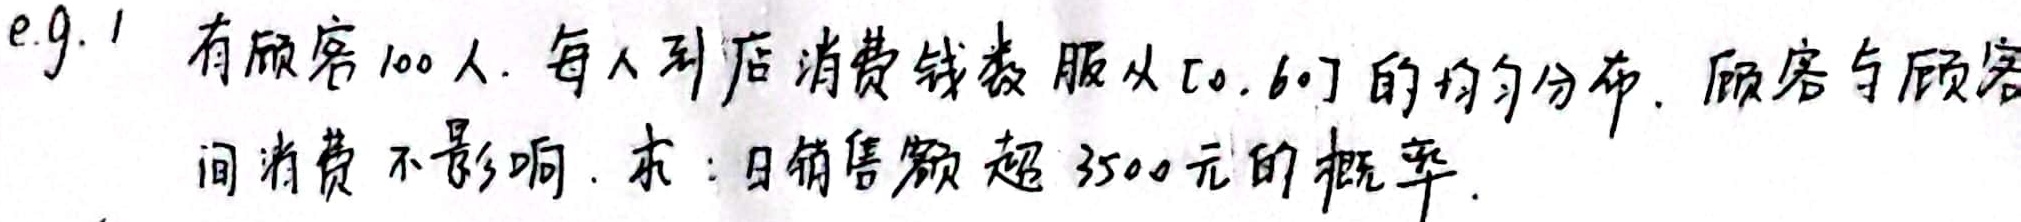
e.g. 1 有顾客100人. 每人到店消费钱数服从$[0,60]$的均匀分布. 顾客与顾客间消费不影响. 求：日销售额超3500元的概率.